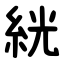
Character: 絖